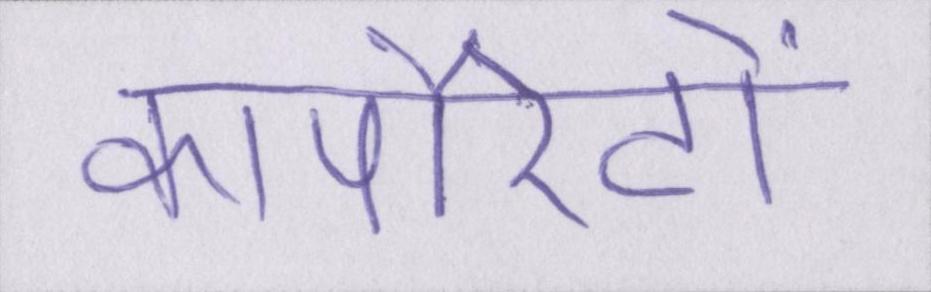
कार्पोरेटों